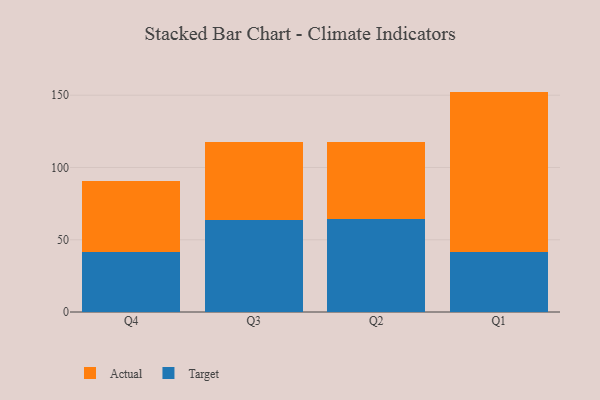
{"axis": {"x": "Quarter", "y": "Market Share (%)"}, "legend": ["Actual", "Target"], "data": [{"x": "Q4", "y": 41.2, "type": "Target"}, {"x": "Q4", "y": 49.2, "type": "Actual"}, {"x": "Q3", "y": 63.4, "type": "Target"}, {"x": "Q3", "y": 54.2, "type": "Actual"}, {"x": "Q2", "y": 64.6, "type": "Target"}, {"x": "Q2", "y": 52.8, "type": "Actual"}, {"x": "Q1", "y": 41.2, "type": "Target"}, {"x": "Q1", "y": 111.3, "type": "Actual"}]}